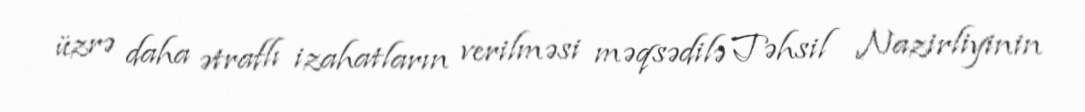
üzrə daha ətraflı izahatların verilməsi məqsədilə Təhsil Nazirliyinin